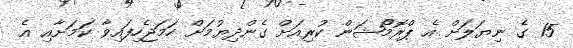
15 ގެ ނިޔަލަށް އެ ޕްރޮމޯޝަން ކުރިއަށް ގެންދިޔުމަށް ހަމަޖެހިފައިވާ ކަމަށާއި އެ